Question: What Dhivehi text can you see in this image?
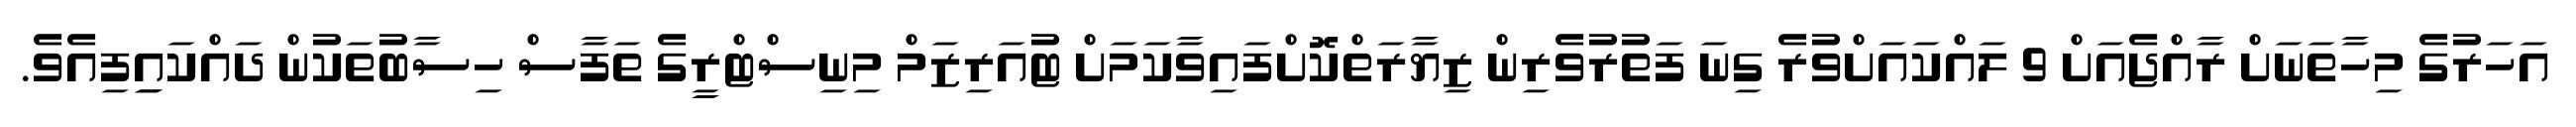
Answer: އަހަރުގެ މިހާތަނަށް ރާއްޖެއަށް 9 ލައްކައަށްވުރެ ގިނަ ފަތުރުވެރިން ޒިޔާރަތްކޮށްފައިވާކަމަށް ޓުއަރިޒަމް މިނިސްޓްރީގެ ތަފާސް ހިސާބުތަކުން ދައްކައިިފިއެވެ.